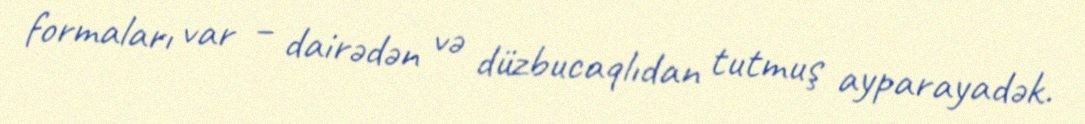
formaları var – dairədən və düzbucaqlıdan tutmuş ayparayadək.